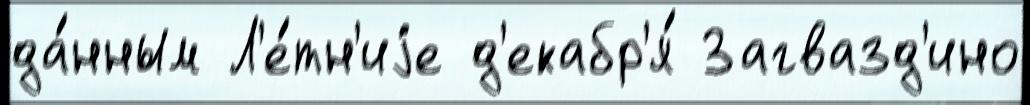
да́нным Л'е́тн'иjе д'екабр'я́ Загвазд'ино